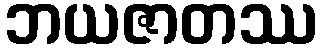
ဘယဇာတဿ